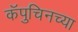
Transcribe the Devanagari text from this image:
कॅपुचिनच्या